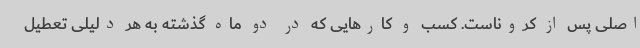
اصلی پس از کروناست. کسب و کارهایی که در دو ماه گذشته به هر دلیلی تعطیل